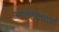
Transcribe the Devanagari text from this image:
आल्टेनवर्ग